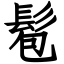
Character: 髱